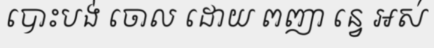
បោះបង់ ចោល ដោយ ពញា ន្វេ អស់